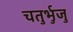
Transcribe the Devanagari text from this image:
चतुर्भुजु